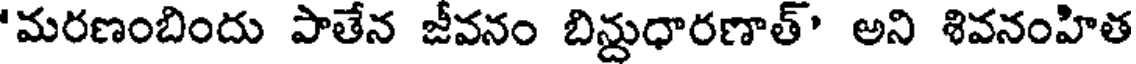
'మరణంబిందు పాతేన జీవనం బిన్దుధారణాత్' అని శివనంహిత